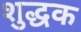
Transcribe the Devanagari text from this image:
शुद्धक